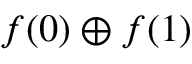
f ( 0 ) \oplus f ( 1 )